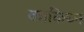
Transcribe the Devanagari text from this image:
काकिघ्न